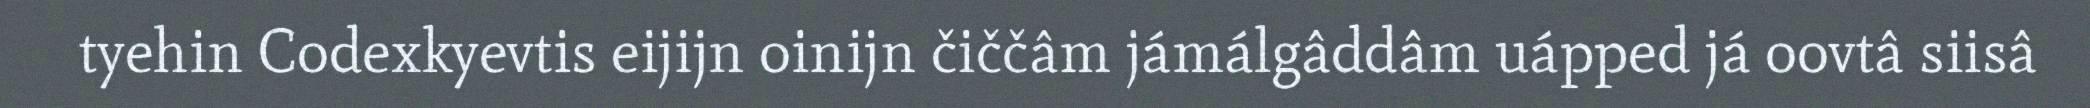
tyehin Codexkyevtis eijijn oinijn čiččâm jámálgâddâm uápped já oovtâ siisâ